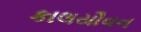
કાલયૌવન